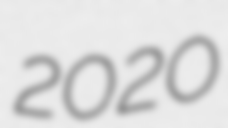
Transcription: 2020